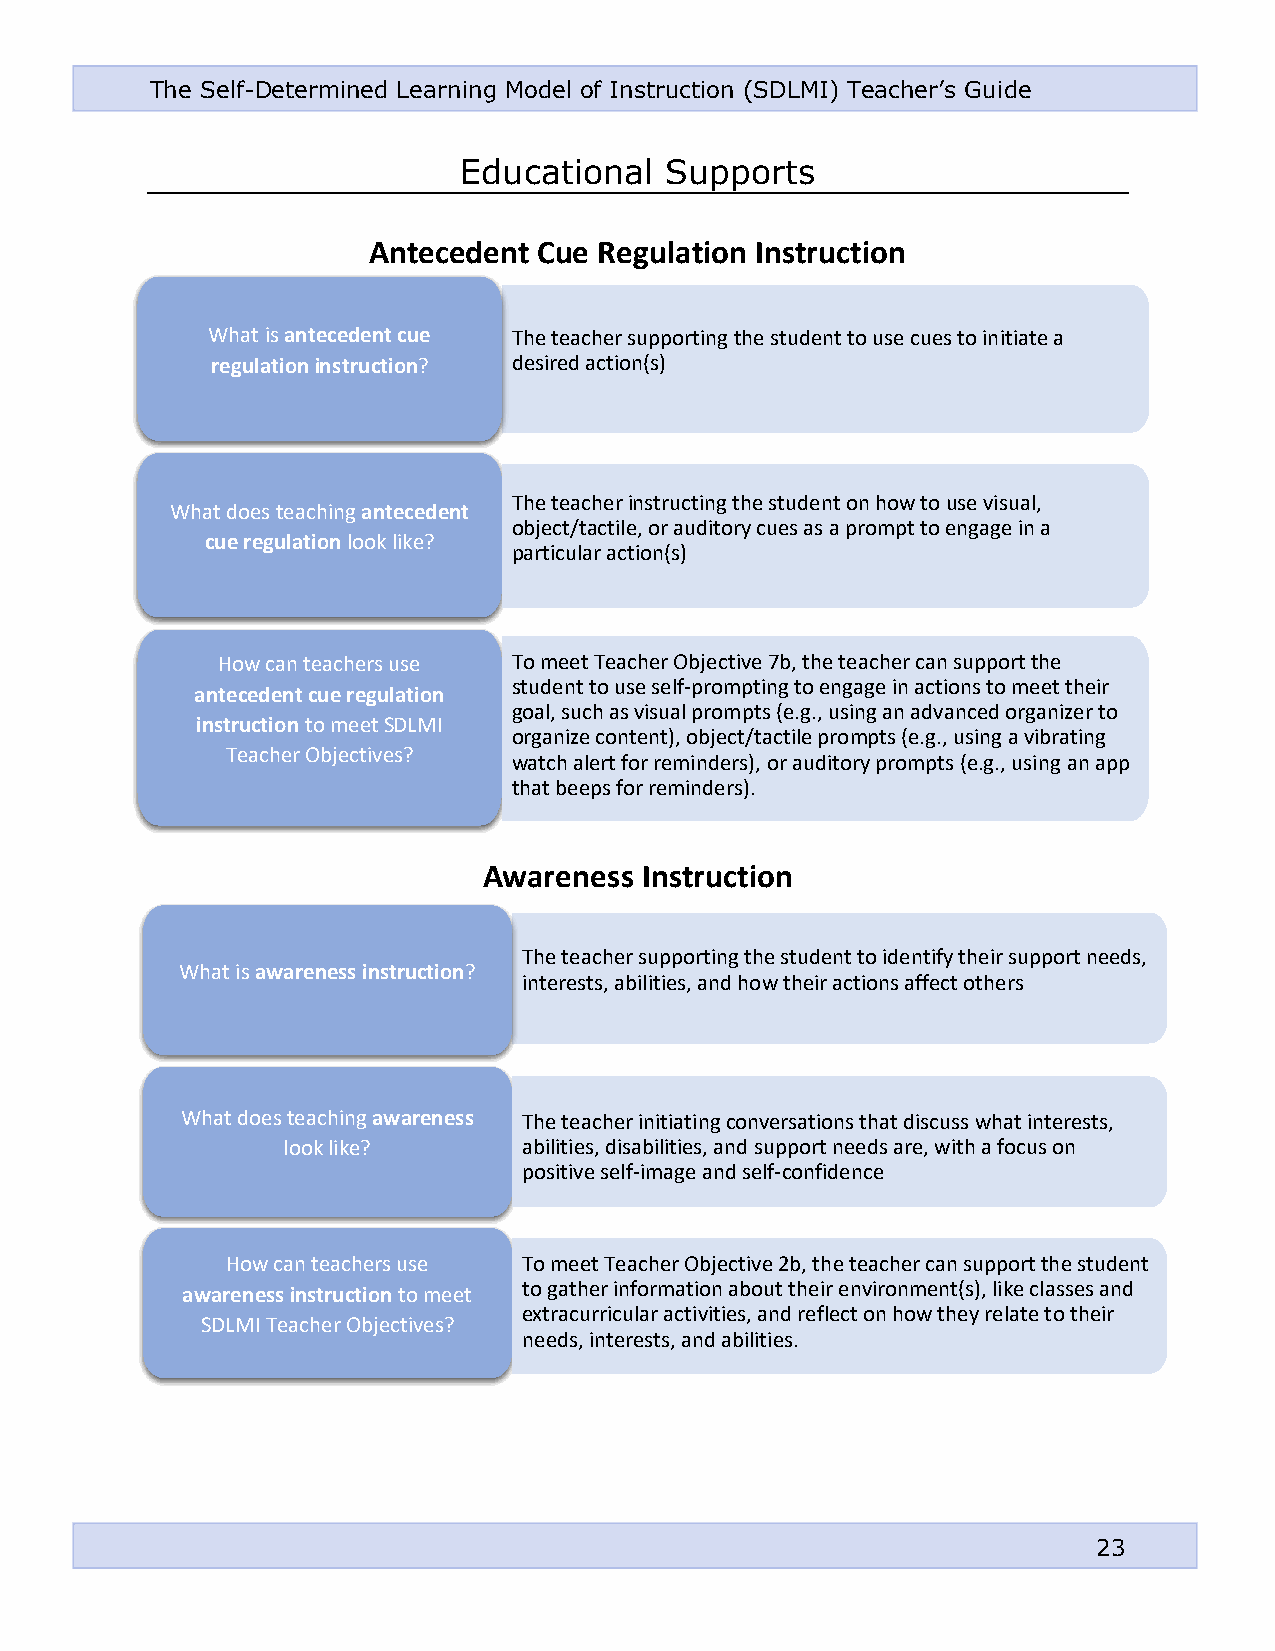
The Self-Determined Learning Model of Instruction (SDLMI) Teacher’s Guide
 Educational   Supports
 Antecedent  Cue Regulation Instruction
 What is antecedent cue The teacher supporting the student to use cues to initiate a
 regulation instruction? desired action(s)
 The teacher instructing the student on how to use visual,
 What does teaching antecedent
 object/tactile, or auditory cues as a prompt to engage in a
 cue regulation look like?
 particular action(s)
 How can teachers use To meet Teacher Objective 7b, the teacher can support the
 student to use self-prompting to engage in actions to meet their
 antecedent cue regulation
 goal, such as visual prompts (e.g., using an advanced organizer to
 instruction to meet SDLMI
 organize content), object/tactile prompts (e.g., using a vibrating
 Teacher Objectives?
 watch alert for reminders), or auditory prompts (e.g., using an app
 that beeps for reminders).
 Awareness  Instruction
 The teacher supporting the student to identify their support needs,
 What is awareness instruction?
 interests, abi lities, and how their actions affect others
 What does teaching awareness The teacher initiating conversations that discuss what interests,
 look like?      abilities, disabilities, and support needs are, with a focus on
 positive self-image and self-confidence
 How can teachers use To meet Teac her Objective 2b, the teacher can support the student
 awareness instruction to meet to gather information about their environment(s), like classes and
 extracurricular activities, and reflect on how they relate to their
 SDLMI Teacher Objectives?
 needs, interests, and abilities.
 23